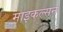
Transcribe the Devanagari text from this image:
माइकल्सन